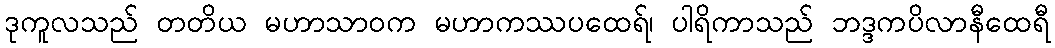
ဒုကူလသည် တတိယ မဟာသာဝက မဟာကဿပထေရ်၊ ပါရိကာသည် ဘဒ္ဒကပိလာနီထေရီ